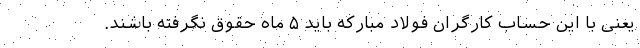
یعنی با این حساب کارگران فولاد مبارکه باید ۵ ماه حقوق نگرفته باشند.